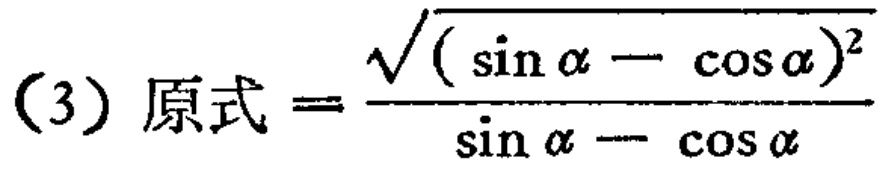
(3) 原式$=\frac{\sqrt{(\sin\alpha - \cos\alpha)^2}}{\sin\alpha - \cos\alpha}$